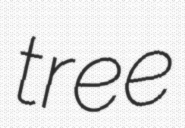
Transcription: tree